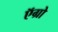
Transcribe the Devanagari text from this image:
ऍग्रो